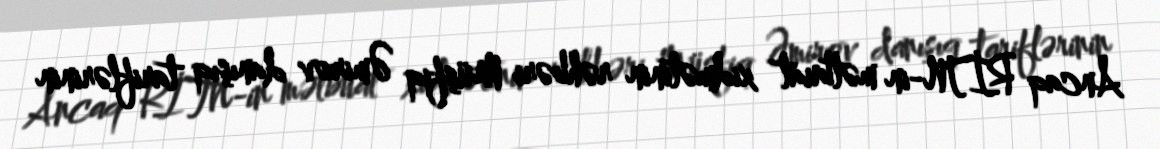
Ancaq RİTN-in mətbuat xidmətinin rəhbəri Müşfiq Əmirov danışıq tariflərinin